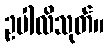
ဥပါလိသုတ်။